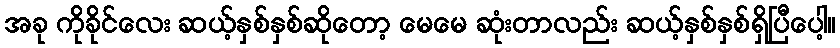
အခု ကိုခိုင်လေး ဆယ့်နှစ်နှစ်ဆိုတော့ မေမေ ဆုံးတာလည်း ဆယ့်နှစ်နှစ်ရှိပြီပေါ့။